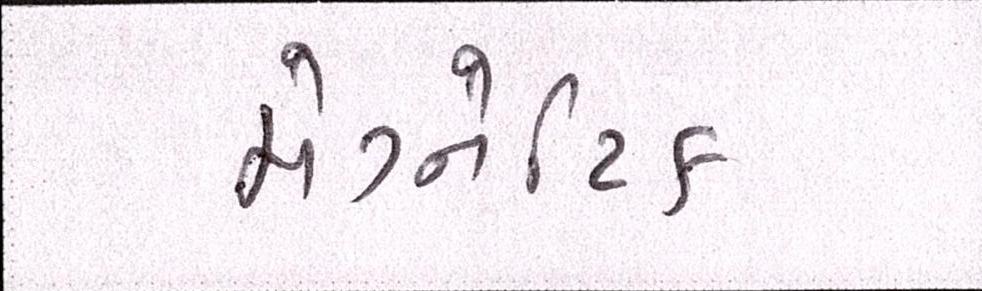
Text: મેગ્નેટિક